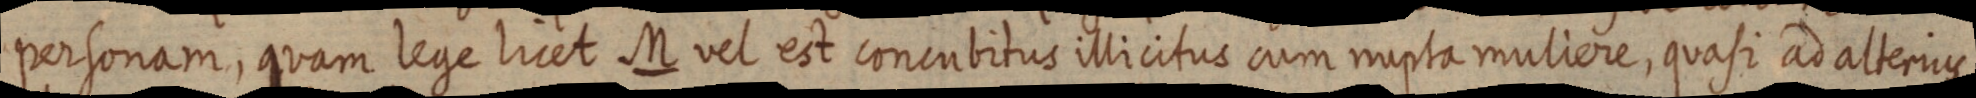
personam, quam lege licet M vel est concubitus illicitus cum rupta muliere, quasi ad alterius